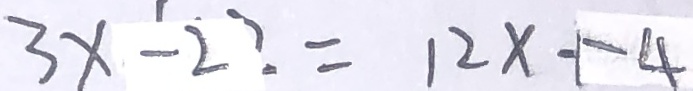
3 x - 2 = 1 2 x - 4